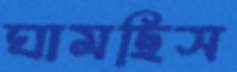
ঘামছিস